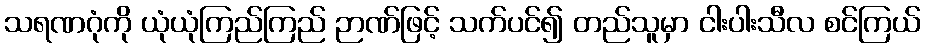
သရဏဂုံကို ယုံယုံကြည်ကြည် ဉာဏ်ဖြင့် သက်ပင်၍ တည်သူမှာ ငါးပါးသီလ စင်ကြယ်